Annual returns of the Patna Lunatic Asylum at Bankipore in Bihar and Orissa - 1912-1924
Year: 1912
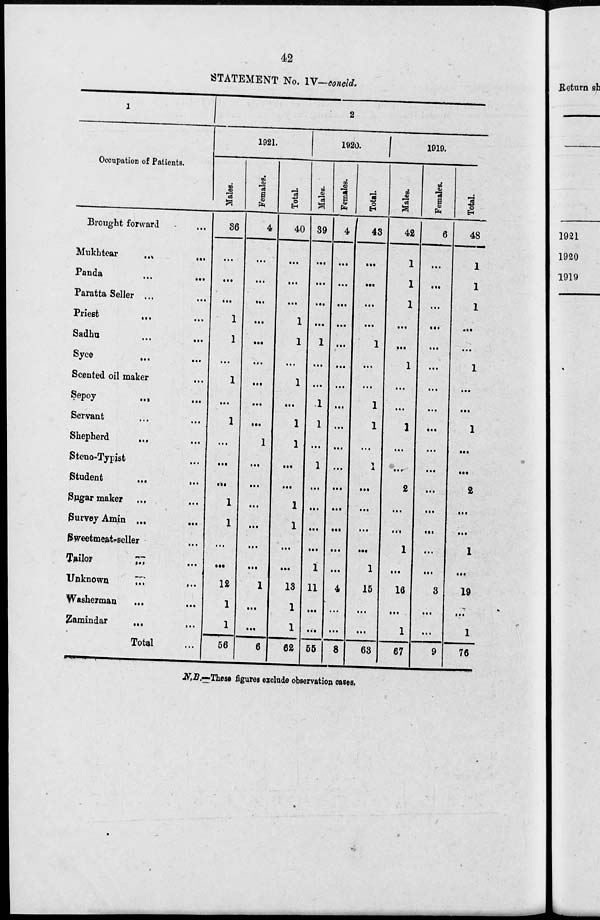
42
STATEMENT No. IV—concld.
1
Occupation of Patients.
Brought forward ...
Mukhtear
...
...
Panda ... ...
Paratta Seller ... ...
Priest
...
...
Sadhu ... ...
Syce
...
...
Scented oil maker ...
Sepoy
...
...
Servant ... ...
Shepherd
... ...
Steno-Typist
...
Student
...
...
Sugar maker ... ...
Survey Amin ... ...
Sweetmeat-seller ...
Tailor
... ...
Unknown ... ...
Washerman
...
...
Zamindar
... ...
Total ...
2
1921.
Males.
36
...
...
...
1
1
...
1
...
1
...
...
...
1
1
...
...
12
1
1
56
Females.
4
...
...
...
...
...
...
...
...
...
1
...
...
...
...
...
...
1
...
...
6
Total.
40
...
...
...
1
1
...
1
...
1
1
...
...
1
1
...
...
13
1
1
62
1920.
Males.
39
...
...
...
...
1
...
...
1
1
...
1
...
...
...
...
1
11
...
...
55
Females.
4
...
...
...
...
...
...
...
...
...
...
...
...
...
...
...
...
4
...
...
8
Total.
43
...
...
...
...
1
...
...
1
1
...
1
...
...
...
...
1
15
...
...
63
1919.
Males.
42
1
1
1
...
...
1
...
...
1
...
...
2
...
...
1
...
16
...
1
67
Females.
6
...
...
...
...
...
...
...
...
...
...
...
...
...
...
...
...
3
...
...
9
Total.
48
1
1
1
...
...
1
...
...
1
...
...
2
...
...
1
...
19
...
1
76
N.B.—These figures exclude observation cases.